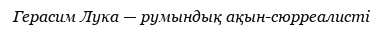
Герасим Лука — румындық ақын-сюрреалисті